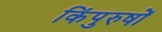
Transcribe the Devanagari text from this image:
किंपुरुषों